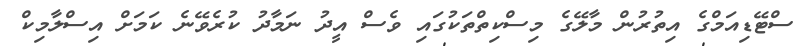
ސްޓޭޑިއަމްގެ އިތުރުން މާލޭގެ މިސްކިތްތަކުގައި ވެސް އީދު ނަމާދު ކުރެވޭނެ ކަމަށް އިސްލާމިކް